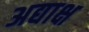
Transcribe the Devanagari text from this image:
अद्याक्ष